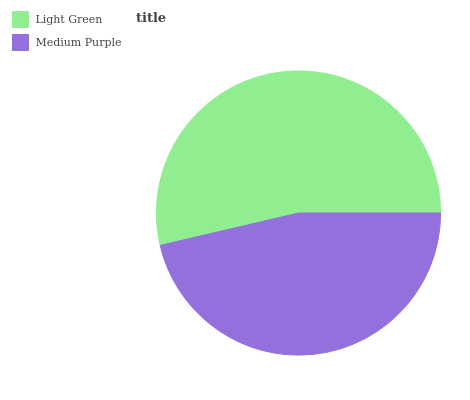
| Light Green | Medium Purple |
 | --- | --- |
 | 53.7% | 46.3% |